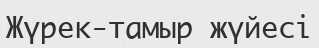
Жүрек-тамыр жүйесі